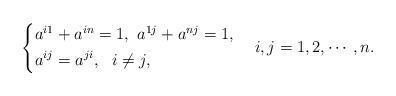
LaTeX: \begin{align*}\left\{\begin{aligned}&a^{i1}+a^{in}=1, \ a^{1j}+a^{nj}=1,\\&a^{ij}=a^{ji}, \ \ i\neq j,\end{aligned}\right.\ \ \ i,j=1,2,\cdots,n.\end{align*}